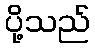
ပို့သည်